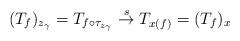
LaTeX: \begin{align*}(T_f)_{z_\gamma} = T_{f \circ \tau_{z_\gamma}} \overset{s}{\to} T_{x(f)} = (T_f)_x\end{align*}